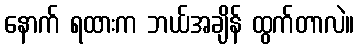
နောက် ရထားက ဘယ်အချိန် ထွက်တာလဲ။